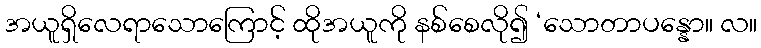
အယူရှိလေရာသောကြောင့် ထိုအယူကို နစ်စေလို၍ ‘သောတာပန္နော။ လ။